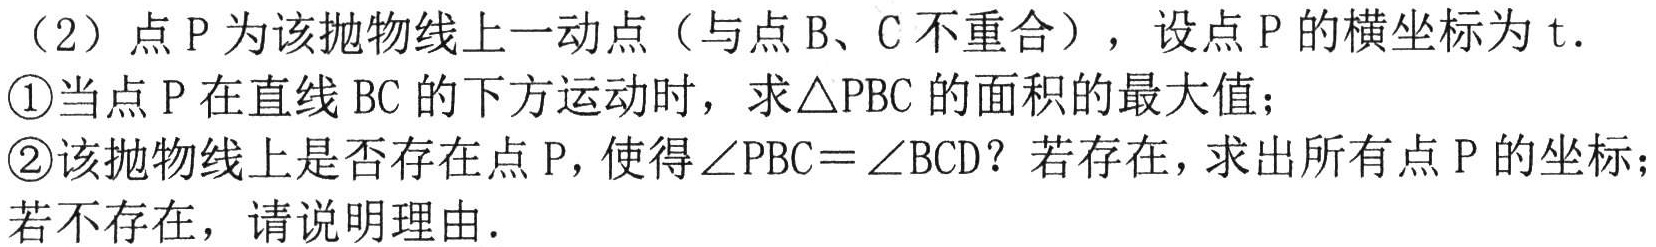
（2）点\(P\)为该抛物线上一动点（与点\(B\)、\(C\)不重合），设点\(P\)的横坐标为\(t\)．
\textcircled{1}当点\(P\)在直线\(BC\)的下方运动时，求\(\triangle PBC\)的面积的最大值；
\textcircled{2}该抛物线上是否存在点\(P\)，使得\(\angle PBC = \angle BCD\)？若存在，求出所有点\(P\)的坐标；若不存在，请说明理由．